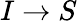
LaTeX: I\rightarrow S